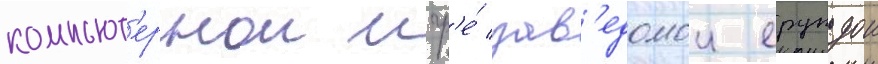
компьют'ернои игр'е́ зав'едомои ерундои